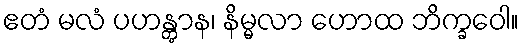
ဧတံ မလံ ပဟန္တွာန၊ နိမ္မလာ ဟောထ ဘိက္ခဝေါ။